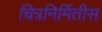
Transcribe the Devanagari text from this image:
चित्रनिर्मितीस